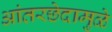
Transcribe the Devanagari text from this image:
आंतरछेदामुळे